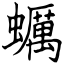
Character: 蠣